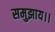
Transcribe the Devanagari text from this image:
समुझाय।।